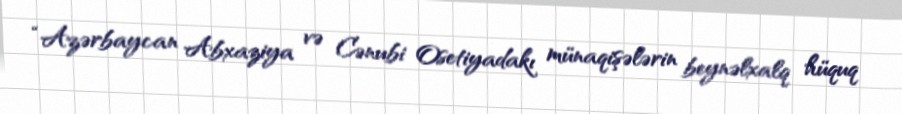
“Azərbaycan Abxaziya və Cənubi Osetiyadakı münaqişələrin beynəlxalq hüquq